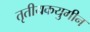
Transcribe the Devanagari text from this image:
तृतीयकयुगीन